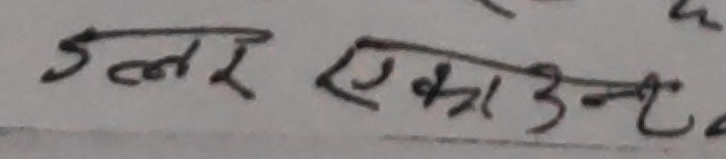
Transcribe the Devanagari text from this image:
जल एकाउन्ट्स